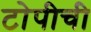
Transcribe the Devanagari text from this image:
टोपीची